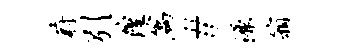
蔚引隍篇#源箱